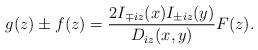
LaTeX: \begin{align*}g(z)\pm f(z)=\frac{2I_{\mp iz}(x)I_{\pm iz}(y)}{D_{iz}(x,y)}F(z).\end{align*}